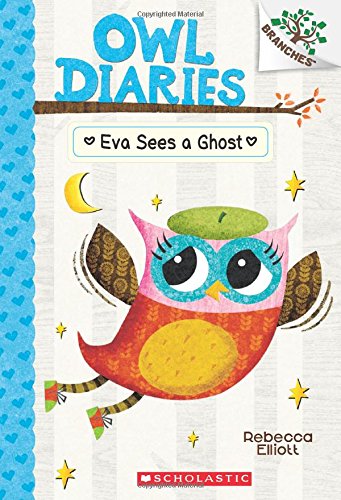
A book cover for Owl Diaries #2: Eva Sees a Ghost (A Branches Book); Rebecca Elliott; Children's Books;